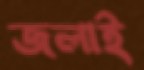
জলাই